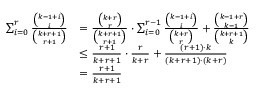
\begin{array} { r l } { \sum _ { i = 0 } ^ { r } \frac { { \binom { k - 1 + i } { i } } } { { \binom { k + r + 1 } { r + 1 } } } } & { = \frac { { \binom { k + r } { r } } } { { \binom { k + r + 1 } { r + 1 } } } \cdot \sum _ { i = 0 } ^ { r - 1 } \frac { { \binom { k - 1 + i } { i } } } { { \binom { k + r } { r } } } + \frac { { \binom { k - 1 + r } { k - 1 } } } { { \binom { k + r + 1 } { k } } } } \\ & { \leq \frac { r + 1 } { k + r + 1 } \cdot \frac { r } { k + r } + \frac { ( r + 1 ) \cdot k } { ( k + r + 1 ) \cdot ( k + r ) } } \\ & { = \frac { r + 1 } { k + r + 1 } } \end{array}